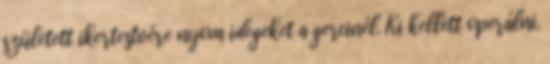
született ikertestvére nyom idegeket a gercinél. Ki kellett operálni.